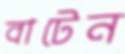
বাটেন